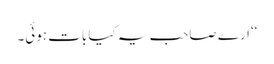
‘‘ارے صاحب یہ کیا بات ہوئی۔